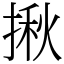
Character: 揪